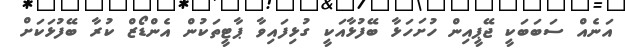
އަނެއް ސަބަބަކީ ޖޭޕީއިން ހުށަހަޅާ ބޭފުޅާއަކީ ގުޅިފައިވާ ޕާޓީތަކުން އެންޑޯޒް ކުރާ ބޭފުޅަކަށް